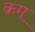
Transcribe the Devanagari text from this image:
क्रमू